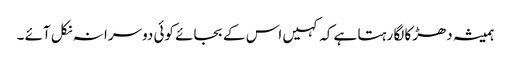
ہمیشہ دھڑکا لگا رہتا ہے کہ کہیں اس کے بجائے کوئی دوسرا نہ نکل آئے ۔